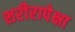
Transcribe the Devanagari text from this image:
शरीरापेक्षा